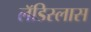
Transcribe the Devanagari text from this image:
लॅडिस्लास